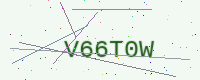
Text: V66T0W